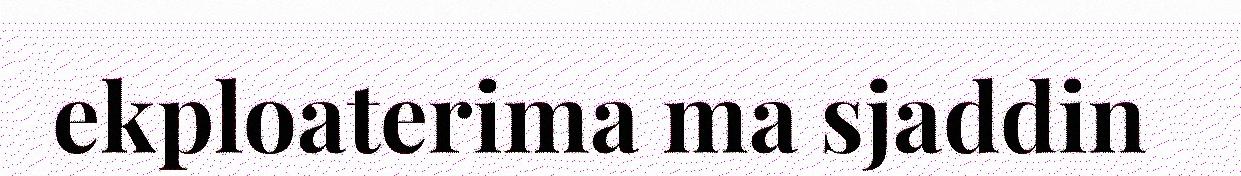
ekploaterima ma sjaddin